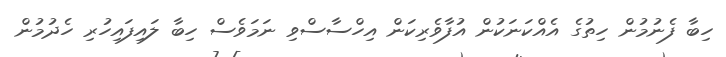
ހިބާ ފެނުމުން ހިތުގެ އެއްކަނަކުން އުފާވެރިކަން އިހްސާސްވި ނަމަވެސް ހިބާ ލައިފައިހުރި ހެދުމުން